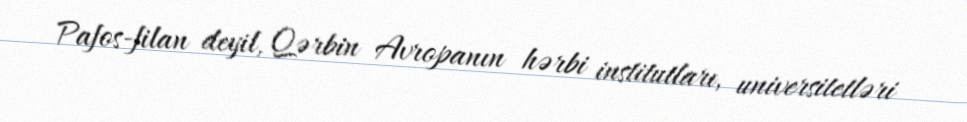
Pafos-filan deyil, Qərbin Avropanın hərbi institutları, universitetləri